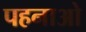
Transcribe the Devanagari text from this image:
पहनाओ